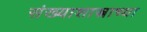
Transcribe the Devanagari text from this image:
संख्याशास्त्राच्या